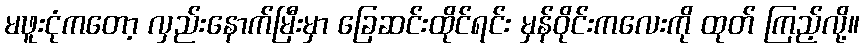
မဖူးငုံကတော့ လှည်းနောက်မြီးမှာ ခြေဆင်းထိုင်ရင်း မှန်ဝိုင်းကလေးကို ထုတ် ကြည့်လို့။